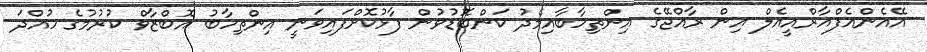
އޭއެންއެފްއާރްއީއެލް އިން ރާއްޖޭގެ އިންތިހާބާއިމެދު ކަންބޮޑުވުން ފާޅުކޮށްފައިވަނީ އިންތިހާބު އޮބްޒާވް ކުރުމުގެ ހުއްދަ